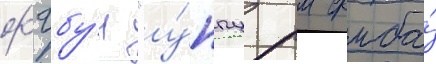
фгбу́н "у́нпц рм фмба́